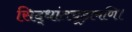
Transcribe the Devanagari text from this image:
सिद्धांतचूड़ामणि।